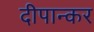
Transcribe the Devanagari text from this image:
दीपान्कर